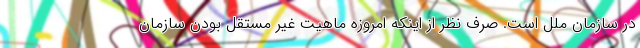
در سازمان ملل است. صرف نظر از اینکه امروزه ماهیت غیر مستقل بودن سازمان